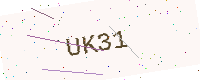
Text: UK31